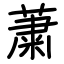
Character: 䔥